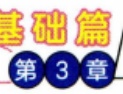
基础篇
第 3 章